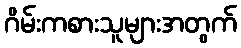
ဂိမ်းကစားသူများအတွက်